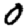
Digit: 0